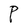
Character: P